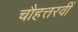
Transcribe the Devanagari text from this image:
चौहत्तरवीं